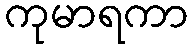
ကုမာရကာ